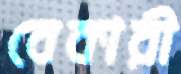
বেকারী